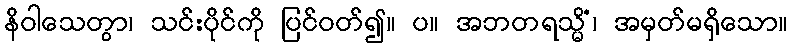
နိဝါသေတွာ၊ သင်းပိုင်ကို ပြင်ဝတ်၍။ ပ။ အဘတရသ္မိံ၊ အမှတ်မရှိသော။